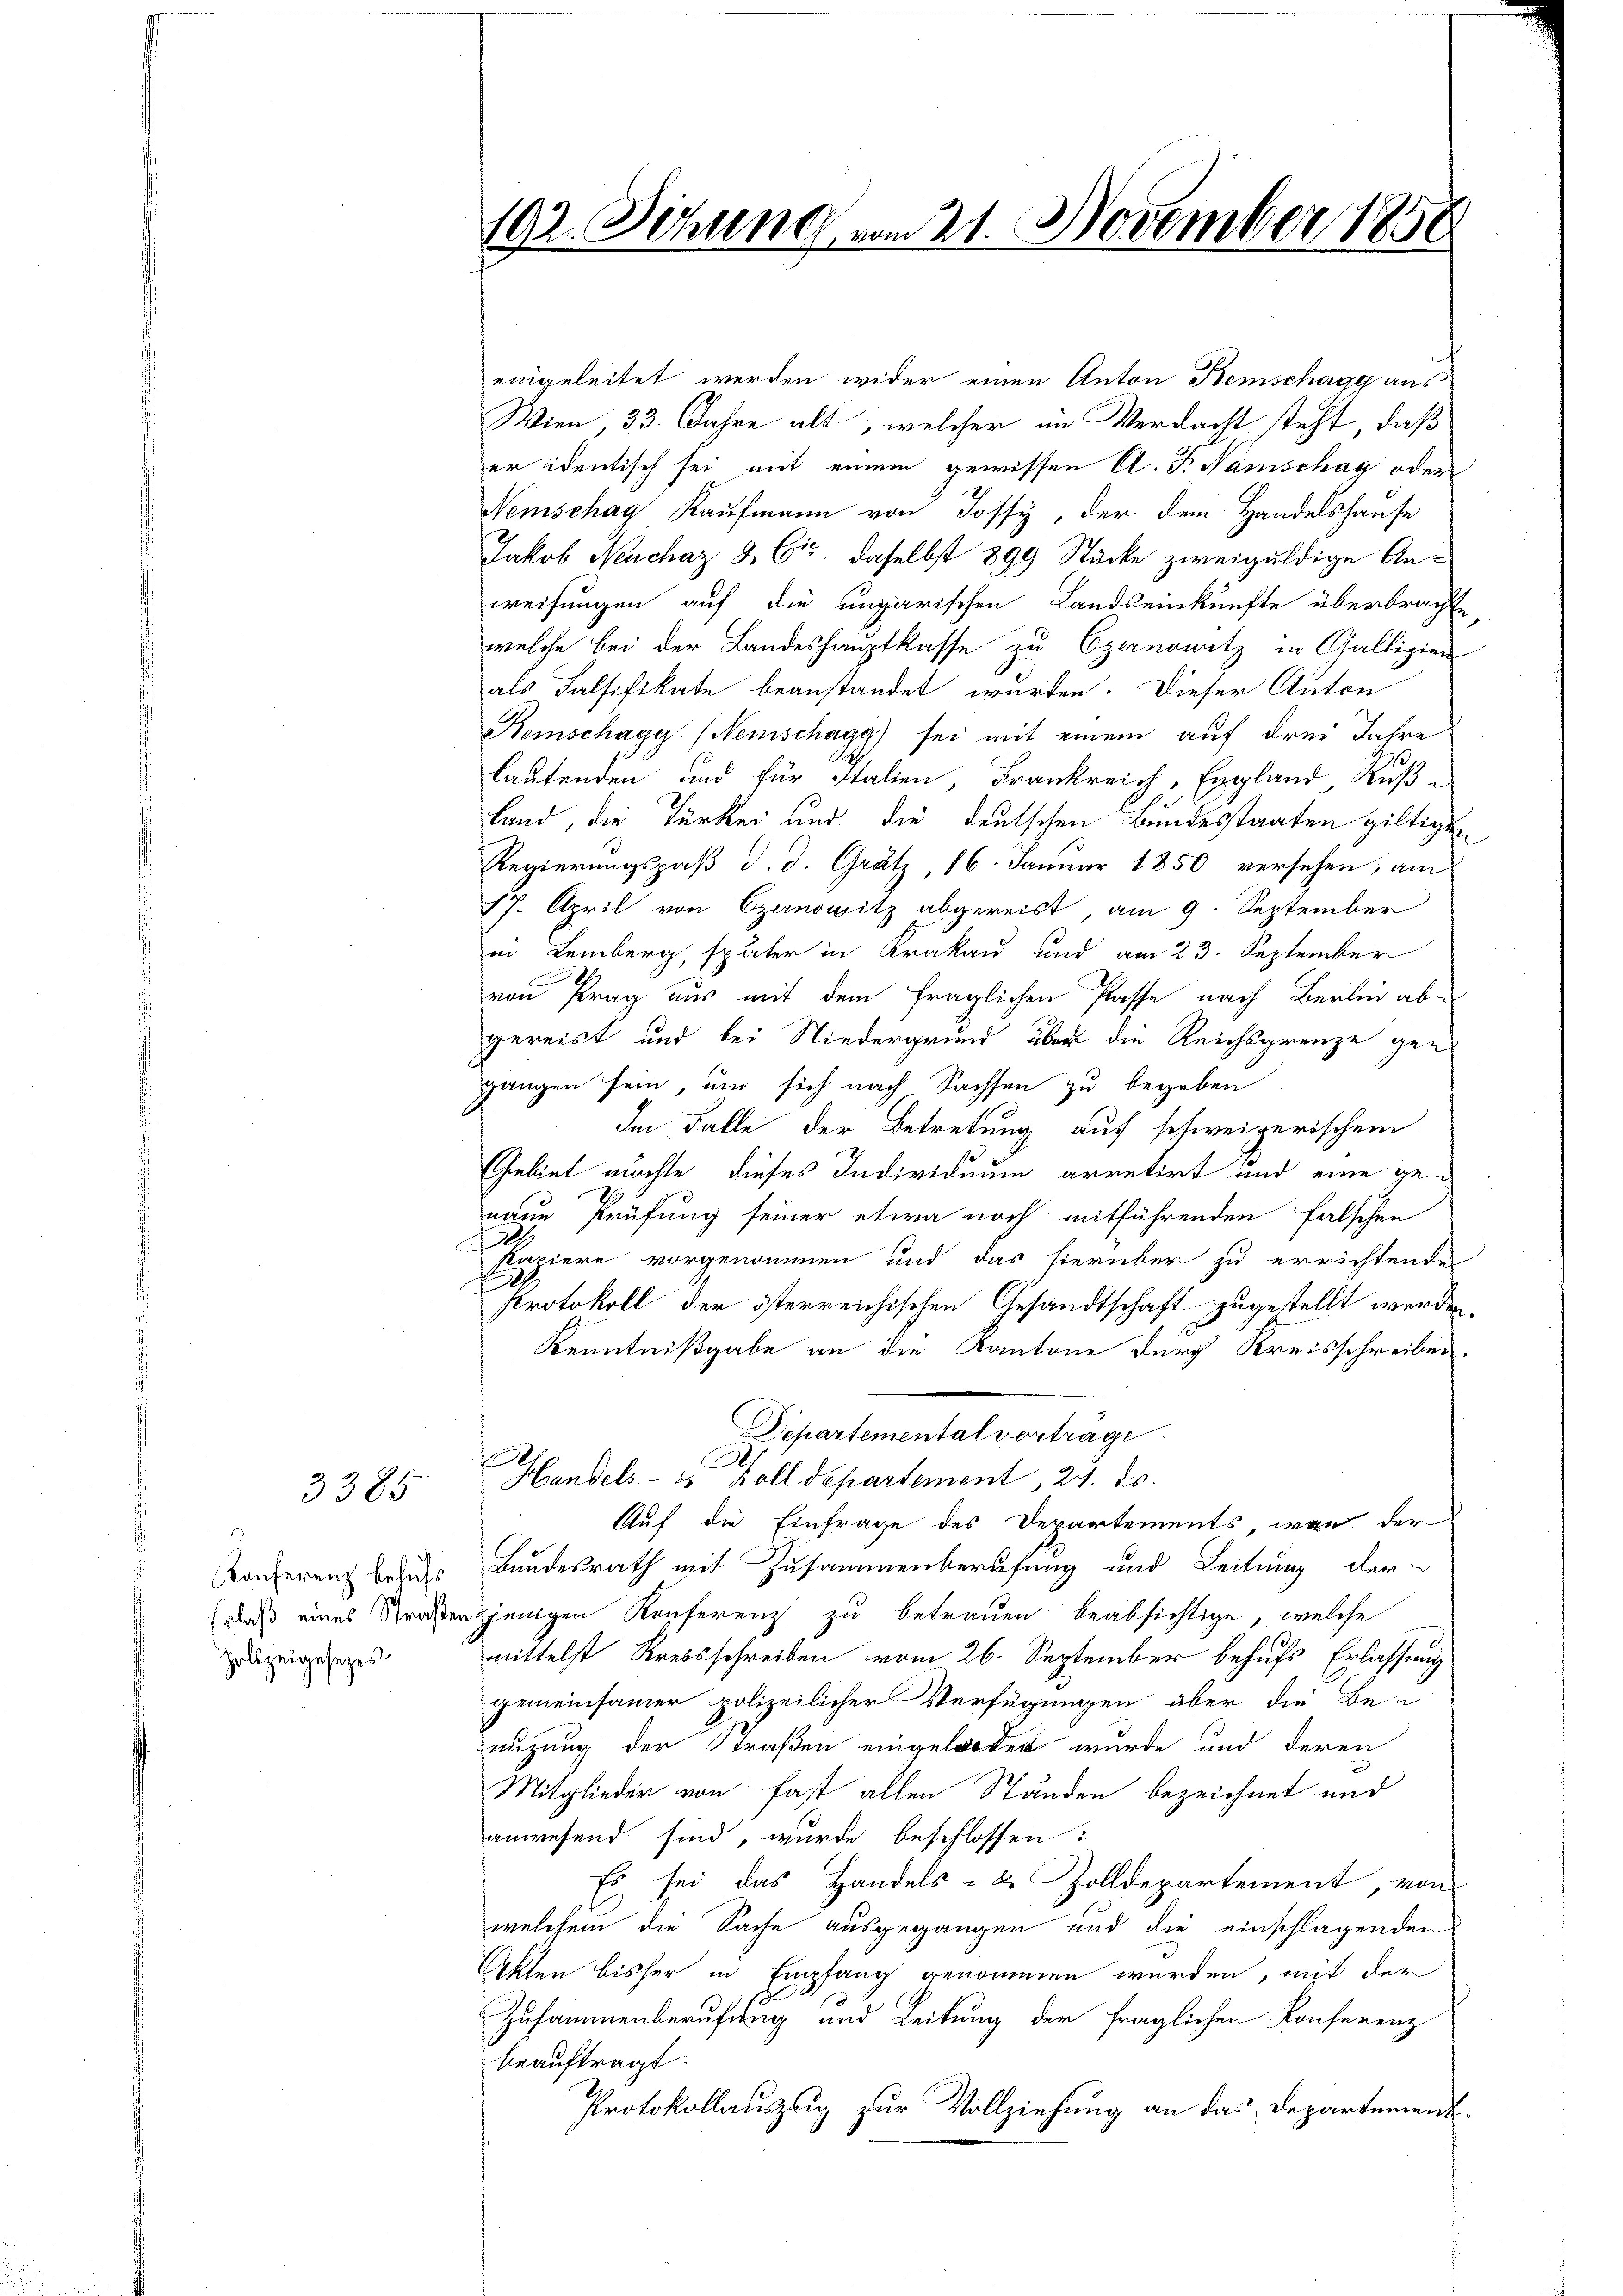
3385

Konferenz behufs
Holszeigesezes

192. Setzung vom 21. November 1850

eingeleitet werden wider einen Anton Bemschagg aus
Wien, 33. Jahre alt, welcher im Verdacht steht, daß
er identisch sei mit einem gewissen A. F. Namschag oder
Nemschag Kaufmann von Jossy, der dem Handelshause
Jakob Neuchaz & Cie, daselbst 899 Stücke zweiguldige Anweisungen auf die ungarischen Landseinkünfte überbrachte
welche bei der Landeshauptkasse zu Czernowitz in Gallizien
als Falsifikate beanstandet wurden. Dieser Anton
Remschagg (Nemschagg) sei mit einem auf drei Jahre
2
lautenden und für Italien, Frankreich, England, Ruß¬
Land, die Türkei und die deutschen Bundesstaaten giltigen
Regierungspaß d. d. Gratz, 16. Januar 1850 versehen, am
17. April von Czernowitz abgereist, am 9. September
in Lemberg, später in Krakau und am 23. September
von Prag aus mit dem fraglichen Pässe nach Berlin ab-
gereist und bei Niedergrund über die Reichsgrenze gegangen sein, um sich nach Sachsen zu begeben
Im Falle der Betretung auf schweizerischem
Gebiet möchte, dieses Individuum arretirt und eine geneue Prüfung seiner etwa noch mitführenden Falschen
Papiere vorgenommen und das hierüber zu errichtenden
Protokoll der österreichischen Gesandtschaft zugestellt werden
Kenntnißgabe an die Kantone durch Kreisschreiben.
Departemental vortrage
e
Handels- u Bolldepartement, 21. ds.
Auf die Einfrage des Departements, war der
Bundesrath mit Zusammenberufung und Leitung der
daß eines Straßenjenigen Konferenz zu betrauen beabsichtige, welche
mittelst Kreisschreiben vom 26. September behufs Erlassung
gemeinsamer polizeilicher Verfügungen aber die Be-
nutzung der Straßen eingeladen wurde und deren
Mitglieder von fast allen Ständen bezeichnet und
anwesend sind, wurde beschlossen:
Es sei das Handels- & Zolldepartement, von
welchem die Sache ausgegangen und die einschlagenden
Akten bisher in Empfang genommen werden, mit der
Zusammenberufung und Leitung der fraglichen Konferenz
beauftragt.
Protokollauszug zur Vollziehung an das Departement